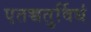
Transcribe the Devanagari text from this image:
एतच्चतुर्विधं